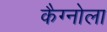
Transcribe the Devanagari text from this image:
कैग्नोला